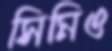
সিমিও